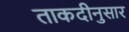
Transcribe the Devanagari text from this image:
ताकदीनुसार